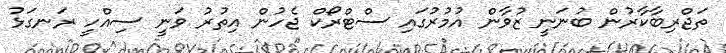
ތަޖްރިބާކާރުން ބުނަނީ ޒުވާން އުމުރުގައި ސްޓްރޯކް ޖެހުން އިތުރު ވަނީ ސިއްހީ ރަނގަޅު